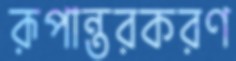
রূপান্তরকরণ